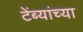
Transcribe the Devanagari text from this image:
टेंब्यांच्या